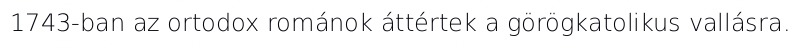
1743-ban az ortodox románok áttértek a görögkatolikus vallásra.